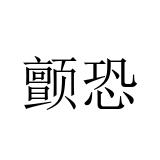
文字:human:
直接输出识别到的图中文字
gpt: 颤恐